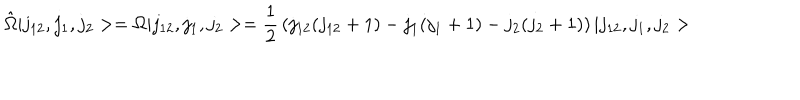
\hat { \Omega } \vert j _ { 1 2 } , j _ { 1 } , j _ { 2 } > = \Omega \vert j _ { 1 2 } , j _ { 1 } , j _ { 2 } > = { \frac { 1 } { 2 } } \left( j _ { 1 2 } ( j _ { 1 2 } + 1 ) - j _ { 1 } ( j _ { 1 } + 1 ) - j _ { 2 } ( j _ { 2 } + 1 ) \right) \vert j _ { 1 2 } , j _ { 1 } , j _ { 2 } >